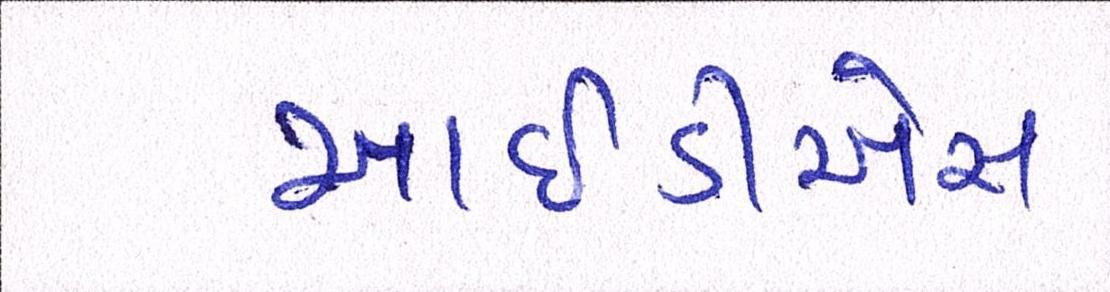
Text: આઇડીએસ